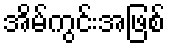
အိမ်ကွင်းအဖြစ်